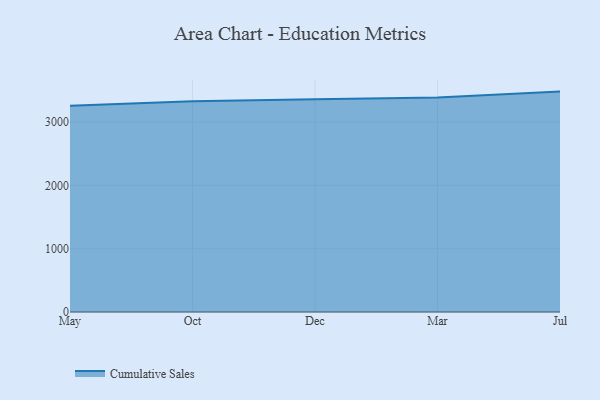
{"axis": {"x": "Month", "y": "Demand Index"}, "legend": ["Cumulative Sales"], "data": [{"x": "May", "y": 3256.1, "type": "Cumulative Sales"}, {"x": "Oct", "y": 3329.3, "type": "Cumulative Sales"}, {"x": "Dec", "y": 3360.4, "type": "Cumulative Sales"}, {"x": "Mar", "y": 3388.4, "type": "Cumulative Sales"}, {"x": "Jul", "y": 3480.3, "type": "Cumulative Sales"}]}